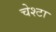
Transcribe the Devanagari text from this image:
चेश्टा